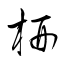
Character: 枅